Tezpur Lunatic Asylum reports 1877-1894 - 1877-1894
Year: 1877
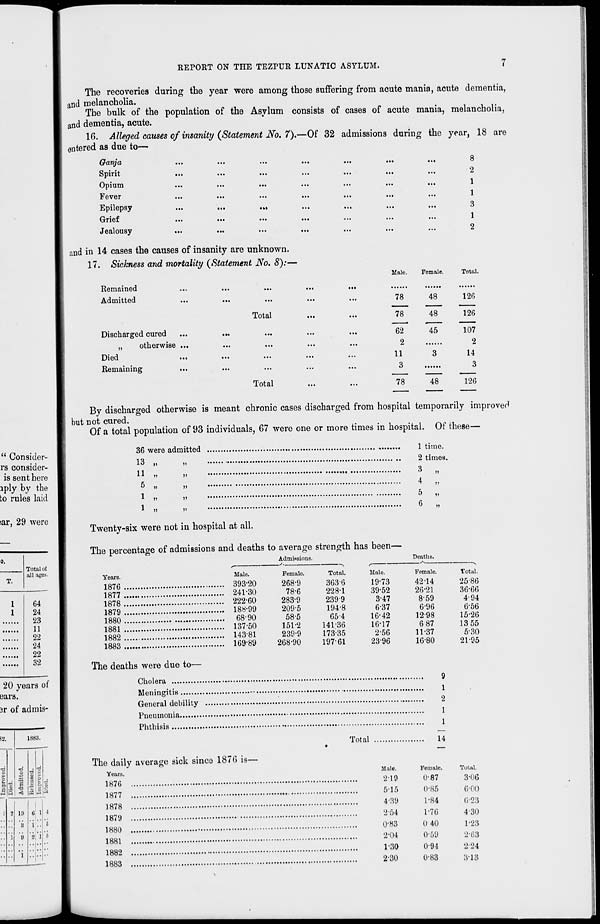
REPORT ON THE TEZPUR LUNATIC ASYLUM.
" Consider-
rs consider-
is sent here
iply by the
to rules laid
sar, 29 were
0.
Total of
all ages.
T.
1
64
1
24
23
11
22
24
22
32
20 years of
ears.
3r of admis-
>2
1883.
f
P.
| 3
1
<
-3
0
•3
H
1
. 2
1
19
a
8
I
!
6 1
1 ..
9 1
-I-
I
5
6
The recoveries during the year were among those suffering from acute mania, acute dementia,
a nd melancholia.
The bulk of the population of the Asylum consists of cases of acute mania, melancholia,
and dementia, acute.
16. Alleged causes of insanity {Statement No. 7).—Of 32 admissions during the year, 18 are
entered as due to—
Ganja
Spirit
Opium
j ever
i»«
«••
•«,
Epilepsy
...
...
.„
vxrici
...
...
...
Jealousy
...
and in 14 cases the causes of insanity are unknown.
17. Sickness and mortality {Statement No. 8):-
Remained
Admitted
8
2
1
1
3
1
2
Male.
Female.
Total.
Total
Discharged cured
„
otherwise ...
Died
Remaining
Total
78
48
126
78
48
126
62
45
107
2
2
11
3
14
3
3
78
48
126
By discharged otherwise is meant chronic cases discharged from hospital temporarily improver!
but not cured.
Of a total population of 93 individuals, 67 were one or more times in hospital. Of these—
36 were admitted
13 „
i)
11 „
>>
5 „
»>
1 „
u
1 time.
2 times.
3 „
4 „
5 „
Twenty-six were not in hospital at all.
The percentage of admissions and deaths to average strength has been—
Admissions.
Total.
3636
228-1
2399
194-8
654
141-36
173-35
197-61
Deaths.
Years.
Male.
.... 393-20
Female.
268-9
78-6
283-9
209-5
58-5
151-2
239-9
268-90
Male.
19-73
39-52
3-47
6-37
16-42
16-17
256
23-96
Female.
42-14
26-21
8-59
6-96
1298
6 87
11-37
16-80
9
Total.
25 86
1877
.... 241-30
36-66
.... 222-60
494
.... 188-99
656
.... 68-90
15-26
1881
.... 137-50
13 55
.... 14381
5-30
.... 169-89
21-95
The deaths were due to—
1
frPiiorn.1 dfihilitv
2
1
1
1876 is—
Total
•
14
The daily average sick since
Years.
Male.
2-19
5-15
4-39
2 54
0-83
2-04
1-30
2-30
Female.
0-87
0-85
1-84
1-76
0 40
0-59
0-9-1
0-83
Total.
3-06
6-00
623
430
1-23
2-63
2 24
313